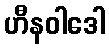
ဟီနဝါဒေါ